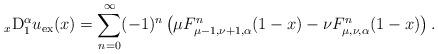
LaTeX: \begin{align*}_x{\rm D}_1^\alpha u_{\rm ex}(x) = \sum_{n=0}^\infty (-1)^n \left(\mu F^n_{\mu-1,\nu+1,\alpha}(1-x)- \nu F^n_{\mu,\nu,\alpha}(1-x) \right).\end{align*}